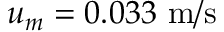
u _ { m } = 0 . 0 3 3 \mathrm { ~ m } / \mathrm { s }